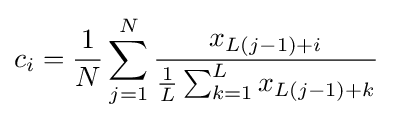
c_{i}={\frac {1}{N}}\sum _{j=1}^{N}{\frac {x_{L(j-1)+i}}{{\frac {1}{L}}\sum _{k=1}^{L}x_{L(j-1)+k}}}